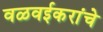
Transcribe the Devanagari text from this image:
वळवईकरांचे